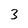
Character: 3